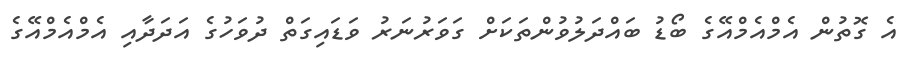
އެ ގޮތުން އެމްއެމްއޭގެ ބޯޑު ބައްދަލުވުންތަކަށް ގަވަރުނަރު ވަޑައިގަތް ދުވަހުގެ އަދަދާއި އެމްއެމްއޭގެ